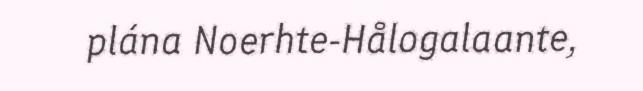
plána Noerhte-Hålogalaante,